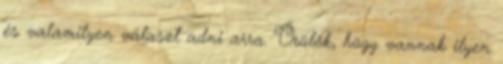
és valamilyen választ adni arra. Örülök, hogy vannak ilyen